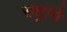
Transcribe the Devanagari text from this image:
राष्ट्रांने